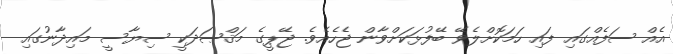
އެއް ސަފެއްގައި ފައި ހަމަކޮށްލެވޭ ބޭފުޅަކަށްވާން ޖެހެއެވެ. ޖޭޕީގެ މަޤްޞަދަކީ ސިޔާސީ މައިދާނުގައި